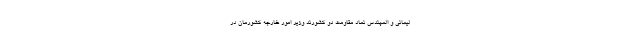
لیمانی و المهندس نماد مقاومت دو کشورند وزیر امور خارجه کشورمان در